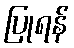
ပြုရန်